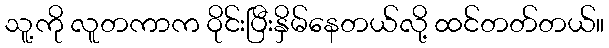
သူ့ကို လူတကာက ဝိုင်းပြီးနှိမ်နေတယ်လို့ ထင်တတ်တယ်။